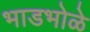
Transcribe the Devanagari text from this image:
भाडभोळे